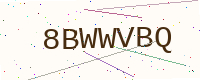
Text: 8BWWVBQ